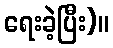
ရေးခဲ့ပြီး)။